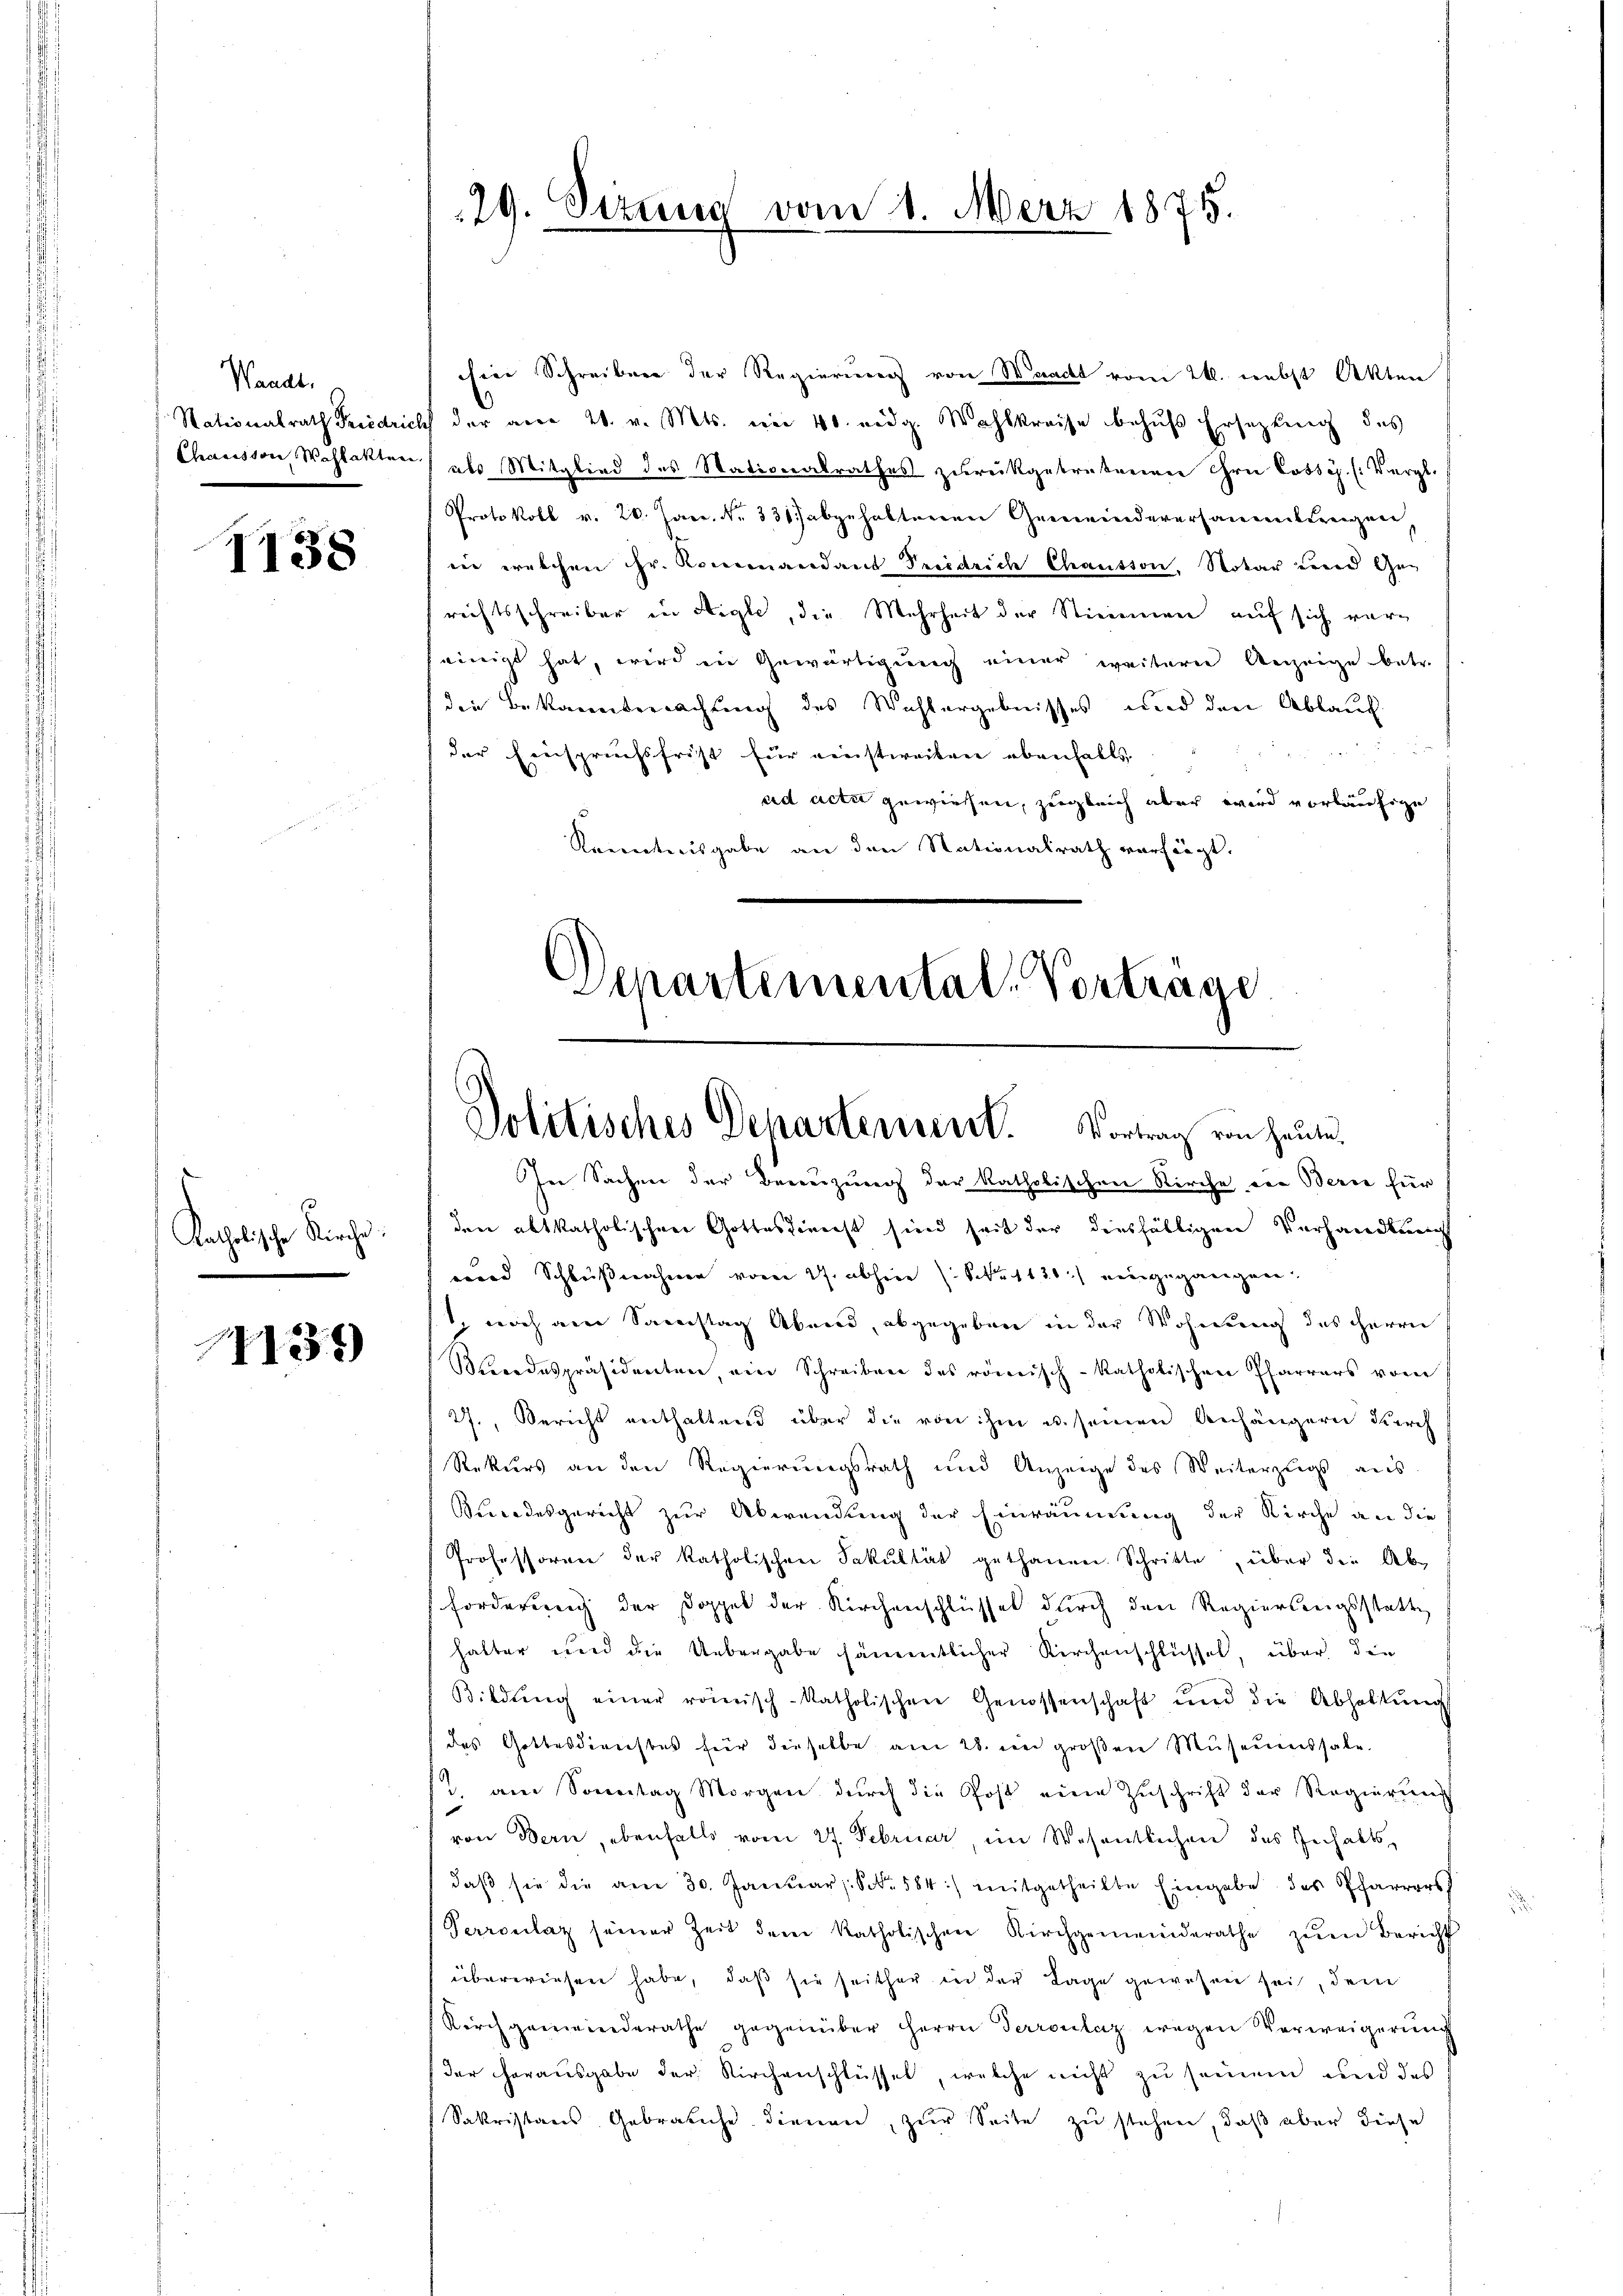
Waadt,

1138

Katholische Kirche.

1139

29. Sizung vom 1. März 1875.

hier Schreiben der Regierung von Waadt vom 24. nebst Akten
Nationalrath Friedrich der am 20. v. Mts. im 40. eidg. Wahlkreise behŭfs Ersetzung des
Chausson Wahlakten) als Mitglied des Stationalrathes zurückgetretenen ihre Cossés. (Vergl.
Protokoll v. 20. Janr. Nr. 331.) abgehaltenen Gemeindeversammtfreigen
in welchen Hr. Kommandans Friedrich Chauston. Notar und Gerichtsschreiber in Aigle, die Mehrheit der Stimmen auf sich vereinigt hat, wird in Gewärtigung einer weiterer Anzeige betr.
die Bekannterwachung des Wahlergebnisses und den Ablauch
der Einspruchsfrist für einstweilen ebenfalls
ad acta gewiesen, zugleich aber wird vorläufige
Kenntnisgabe an den Nationalrath verfügt.
Departemental-Vorträge.

Politisches Departement. Vortrag von Heute.

In Sachen der Benutzung der katholischen Kirche von Bern für
den abtkatholischere Gottesdirecht sind seit der diesfälligen Verhandlung
eund Schlußnahmen vom 27. abherr St. 131.) eingegangen.
1, noch am Samstag Abend, abgegeben in der Wohnung des Herrn
Moodespräsidenten, ein Schreiben des römisch-katholischen Pfarrers vom
27., Bericht enthaltend über die von ihm u. seinen Anhängern durch
Rekurs an den Regierungsrath und Anzeige des Weiterzugs aus
Bundesgericht zur Abwendung der Einräumung der Kirche an die
Professoren der katholischen Fakultät gethanen. Schritte, über die Ab-
Forderung der Doppel der Kirchenschlüssel durch den Regierungsstatte
halter und die Uebergabe sämmtlicher Kirchenschlüssel, über die
Bildŭng einer römisch-katholischen Genossenschaft und die Abhaltŭng
(des Gottesdirechtes für dieselbe am 28. ein großen Museumssale.
. am Sonntag Morgen durch die Post eine Zuschrift der Regierung
von Bern, ebenfalls vom 27. Februar, im Wesentlichen des Inhalts-
daβ sie die am 30. Januars. S. 584) mitgetheilte Eingabe des Pfarrers
Perronlaz seiner Zeit dem katholischen Kirchgemeinderathe zŭm Bericht
überwiesen habe, daß sie seither in der Tage gewesen sei, dem
Kirchgemeinderathe gegenüber Herrn Terroclaz wegen Verweigerung
der herausgabe der Kirchenschlüssel, welche nicht zu seinem und des
Sakristaris Gebraiche dienen, zur Seite zu stehen, daß aber diese